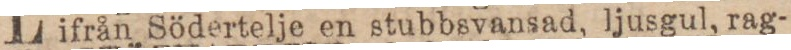
ifrån Södertelje en stubbsvansad, ljusgul, rag-